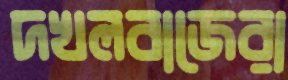
দখলবাজেরা